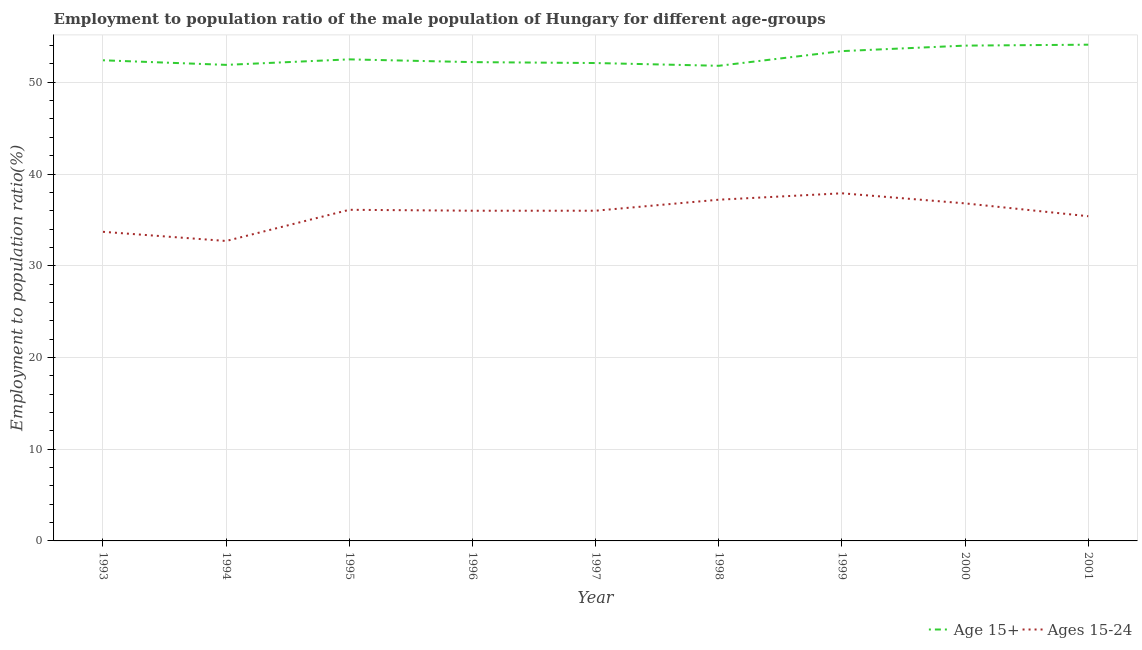
| Year | Age 15+ | Ages 15-24 |
 | --- | --- | --- |
 | 1993 | 52.4 | 33.7 |
 | 1994 | 51.9 | 32.7 |
 | 1995 | 52.5 | 36.1 |
 | 1996 | 52.2 | 36 |
 | 1997 | 52.1 | 36 |
 | 1998 | 51.8 | 37.2 |
 | 1999 | 53.4 | 37.9 |
 | 2000 | 54 | 36.8 |
 | 2001 | 54.1 | 35.4 |